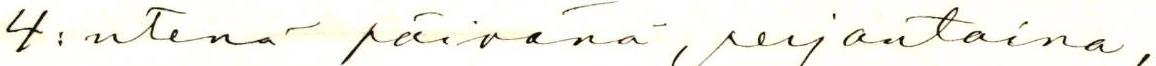
4:ntenä päivänä, perjantaina,